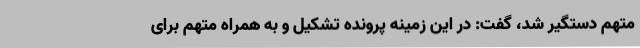
متهم دستگیر شد، گفت: در این زمینه پرونده تشکیل و به همراه متهم برای